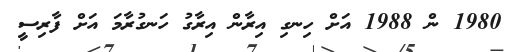
1980 ން 1988 އަށް ހިނގި އިރާން އިރާގު ހަނގުރާމަ އަށް ފާރިސީ